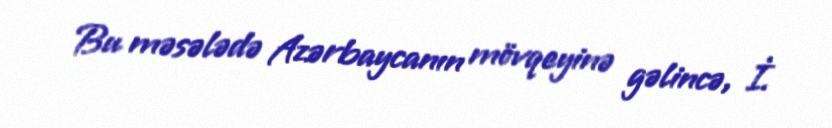
Bu məsələdə Azərbaycanın mövqeyinə gəlincə, İ.